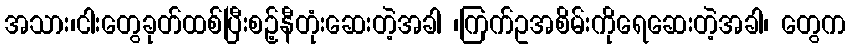
အသား၊ငါးတွေခုတ်ထစ်ပြီးစဉ့်နီတုံးဆေးတဲ့အခါ ၊ကြက်ဥအစိမ်းကိုရေဆေးတဲ့အခါ၊ တွေက